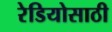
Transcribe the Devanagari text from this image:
रेडियोसाठी